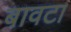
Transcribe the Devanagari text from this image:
बावटा